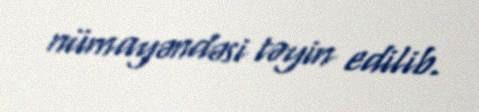
nümayəndəsi təyin edilib.